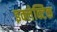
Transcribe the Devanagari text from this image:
इक्लेक्टिक